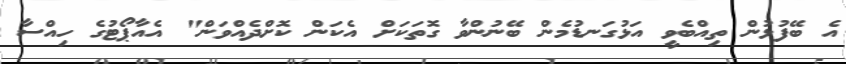
އެ ބޭފުޅުން ތިއްބެވީ އަޅުގަނޑުމެން ބޭނުންވާ ގޮތަކަށް އެކަން ކޮށްދެއްވަން" އެއާޕޯޓުގެ ހިއްސާ